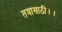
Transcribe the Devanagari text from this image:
तयासाठी।।